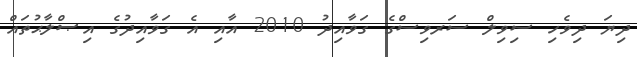
ދިޔަ ދިވެހި ސިވިލް ސަރވިސްގެ ގަވާއިދު 2010 އާއި އެ ގަވާއިދުގެ އިޞްލާޙުތައް